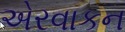
એરવાકન